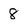
Character: 8